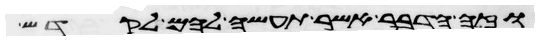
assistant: וזה הדבר אשר תעשה להם לקדש